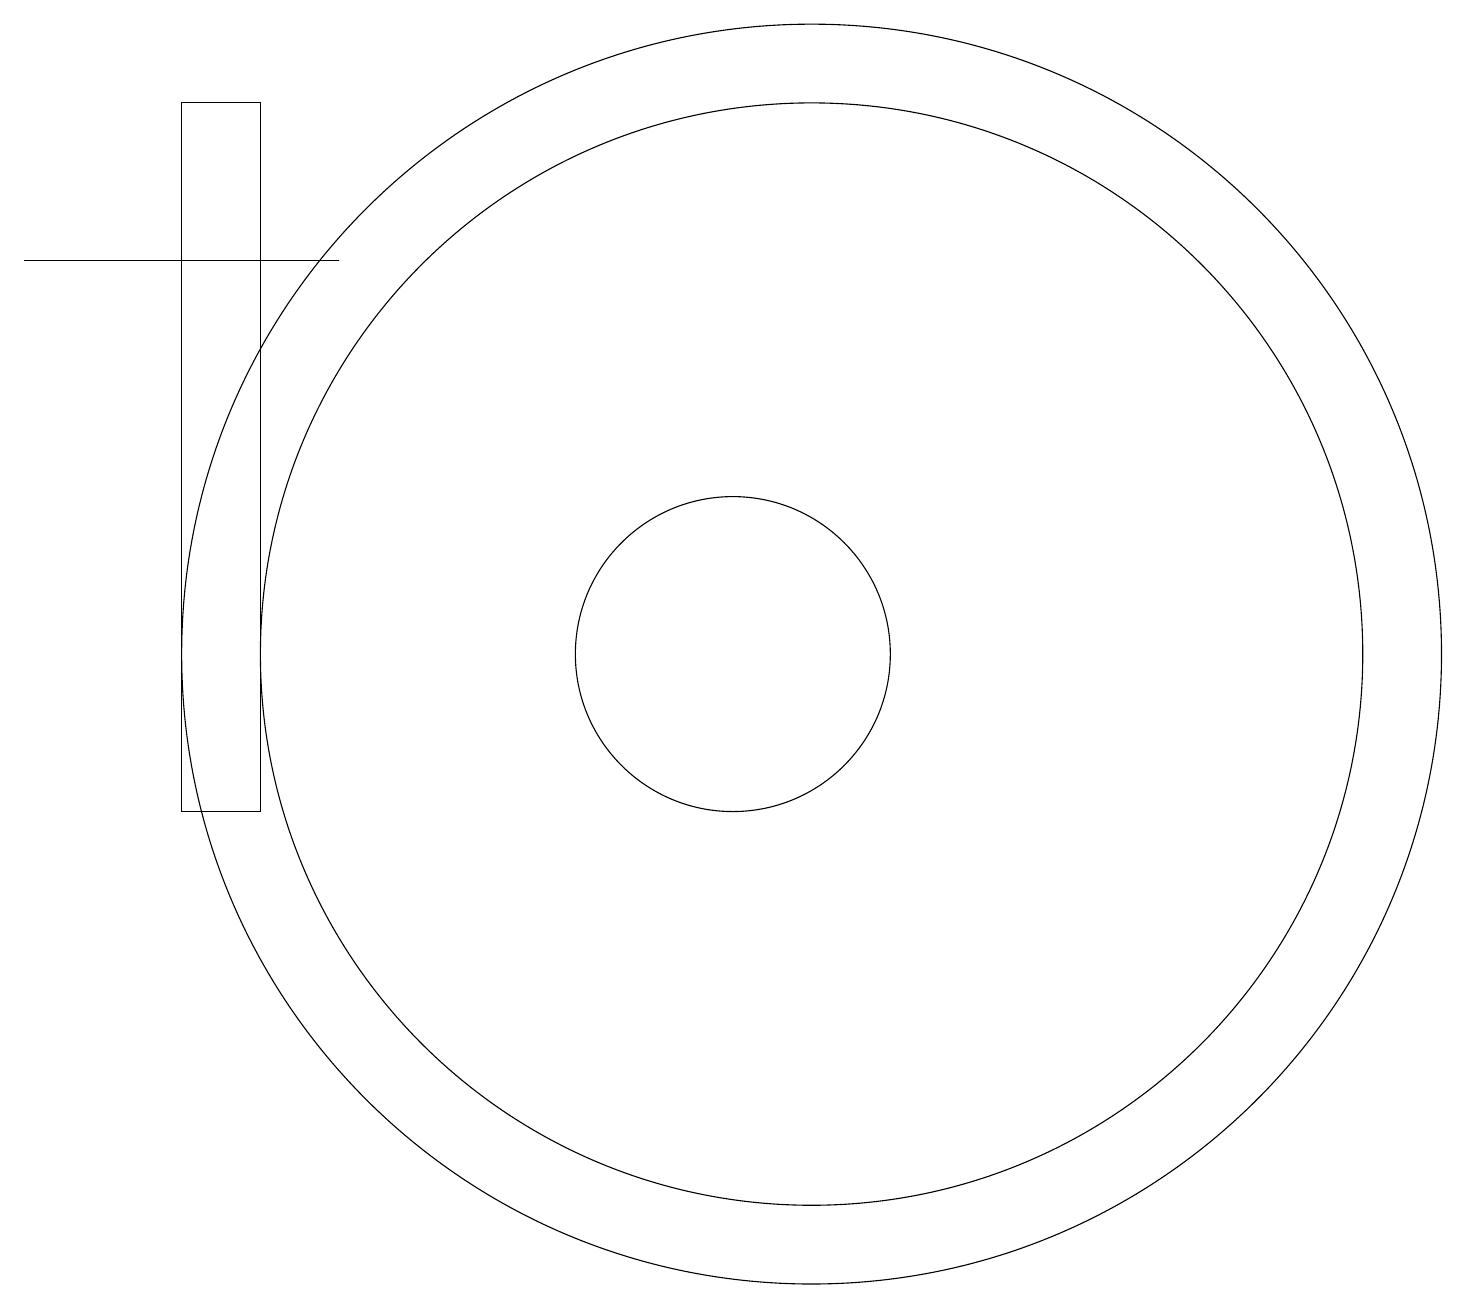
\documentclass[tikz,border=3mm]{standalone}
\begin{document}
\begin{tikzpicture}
\draw (3,18) rectangle (3,12);
\draw (11,12) circle (7);
\draw (10,12) circle (2);
\draw (1,17) rectangle (5,17);
\draw (11,12) circle (8);
\draw (4,19) rectangle (3,10);
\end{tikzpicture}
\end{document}